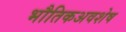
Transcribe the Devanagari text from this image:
भौतिकअवशेष